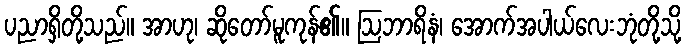
ပညာရှိတို့သည်။ အာဟု၊ ဆိုတော်မူကုန်၏။ ဩဘာရိနံ၊ အောက်အပါယ်လေးဘုံတို့သို့